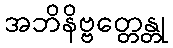
အဘိနိဗ္ဗတ္တေန္တု